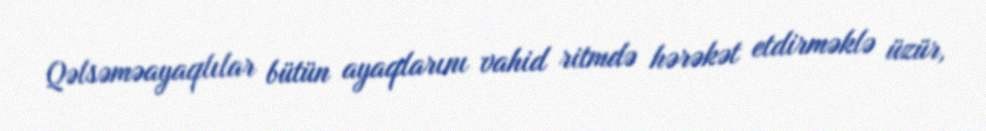
Qəlsəməayaqlılar bütün ayaqlarını vahid ritmdə hərəkət etdirməklə üzür,